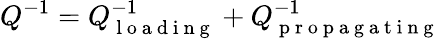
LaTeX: Q^{-1}=Q_{\mathrm{~l~o~a~d~i~n~g~}}^{-1}+Q_{\mathrm{~p~r~o~p~a~g~a~t~i~n~g~}}^{-1}